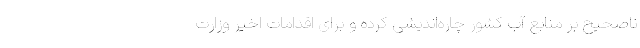
ناصحیح بر منابع آب کشور چاره‌اندیشی کرده و برای اقدامات اخیر وزارت